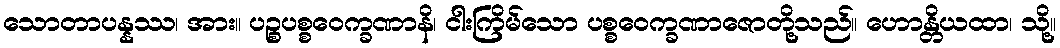
သောတာပန္နဿ၊ အား။ ပဉ္စပစ္စဝေက္ခဏာနိ၊ ငါးကြိမ်သော ပစ္စဝေက္ခဏာဇောတို့သည်။ ဟောန္တိယထာ၊ သို့။